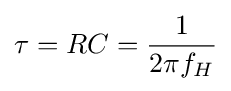
\tau =RC={\frac {1}{2\pi f_{H}}}